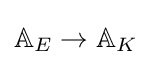
\mathbb {A} _{E}\to \mathbb {A} _{K}